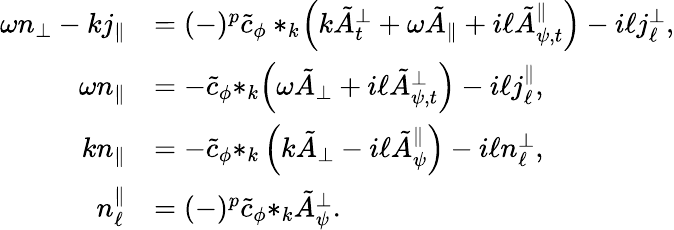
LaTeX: \begin{array}{rl}{\omega{n_{\perp}}-k{j_{\| }}}&{=(-)^{p}\tilde{c}_{\phi}*_{k}\! \left(k{\tilde{A}_{t}^{\perp}}+\omega{\tilde{A}_{\| }}+i\ell{\tilde{A}_{\psi,t}^{\| }}\right)-i\ell{j_{\ell}^{\perp}},}\\ {\omega{n}_{\| }}&{=-\tilde{c}_{\phi}{*_{k}\! \left(\omega\tilde{A}_{\perp}+i\ell\tilde{A}_{\psi,t}^{\perp}\right)}-i\ell j_{\ell}^{\| },}\\ {k{n_{\| }}}&{=-\tilde{c}_{\phi}{*_{k}\left(k\tilde{A}_{\perp}-i\ell\tilde{A}_{\psi}^{\| }\right)}-i\ell{n_{\ell}^{\perp}},}\\ {n_{\ell}^{\| }}&{=(-)^{p}\tilde{c}_{\phi}{*_{k}\tilde{A}_{\psi}^{\perp}}.}\end{array}